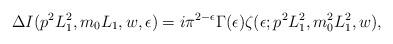
LaTeX: \begin{align*}\Delta I (p^{2}L_{1}^{2},m_{0}L_{1},w,\epsilon) = i \pi^{2-\epsilon}\Gamma (\epsilon) \zeta (\epsilon; p^{2}L_{1}^{2},m_{0}^2 L_{1}^2,w), \end{align*}